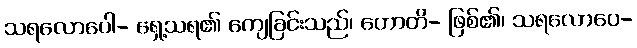
သရလောပေါ- ရှေ့သရ၏ ကျေခြင်းသည်၊ ဟောတိ- ဖြစ်၏၊ သရလောပေ-